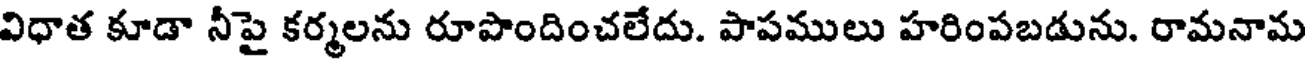
విధాత కూడా నీపై కర్మలను రూపొందించలేదు. పాపములు హరింపబడును. రామనామ